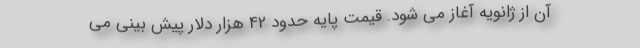
آن از ژانویه آغاز می شود. قیمت پایه حدود 42 هزار دلار پیش بینی می